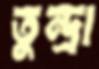
তুন্দ্রা